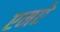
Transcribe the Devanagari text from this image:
एमऐ